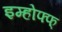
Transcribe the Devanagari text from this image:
इम्होफ्फ्